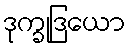
ဒုက္ခုဒြယော